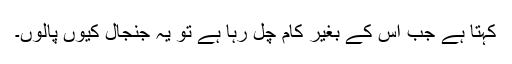
کہتا ہے جب اس کے بغیر کام چل رہا ہے تو یہ جنجال کیوں پالوں۔